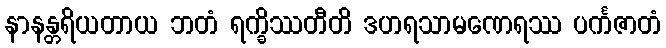
နာနန္တရိယတာယ ဘတံ ရက္ခိဿတီတိ ဒဟရသာမဏေရဿ ပင်္ကဇာတံ